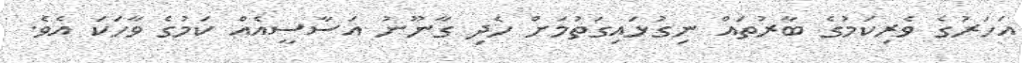
އަހަރުގެ ވެރިކަމުގެ ބާރުތައް ނިގުޅައިގަތުމަށް ހެދި ގާނޫނު އަސާސީއެއް ކަމުގެ ވާހަކަ އެވެ.